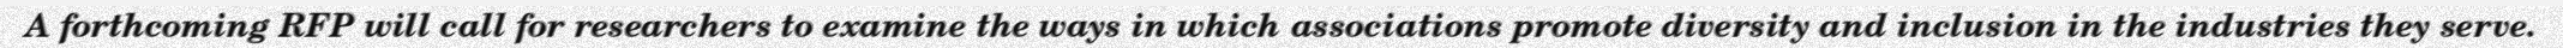
A forthcoming RFP will call for researchers to examine the ways in which associations promote diversity and inclusion in the industries they serve.